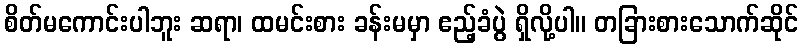
စိတ်မကောင်းပါဘူး ဆရာ၊ ထမင်းစား ခန်းမမှာ ဧည့်ခံပွဲ ရှိလို့ပါ။ တခြားစားသောက်ဆိုင်